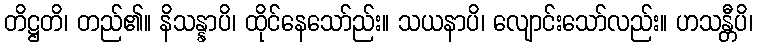
တိဋ္ဌတိ၊ တည်၏။ နိသန္နာပိ၊ ထိုင်နေသော်ည်း။ သယနာပိ၊ လျောင်းသော်လည်း။ ဟသန္တီပိ၊